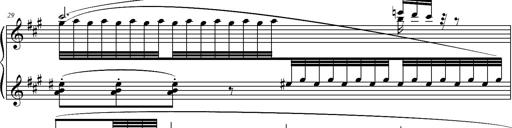
Title: 2 LÃ©gendes
Composer: Franz Liszt